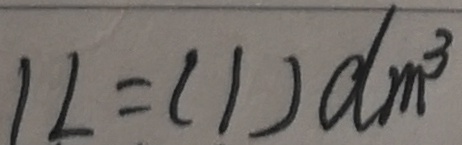
1 L = ( 1 ) d m ^ { 3 }